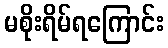
မစိုးရိမ်ရကြောင်း